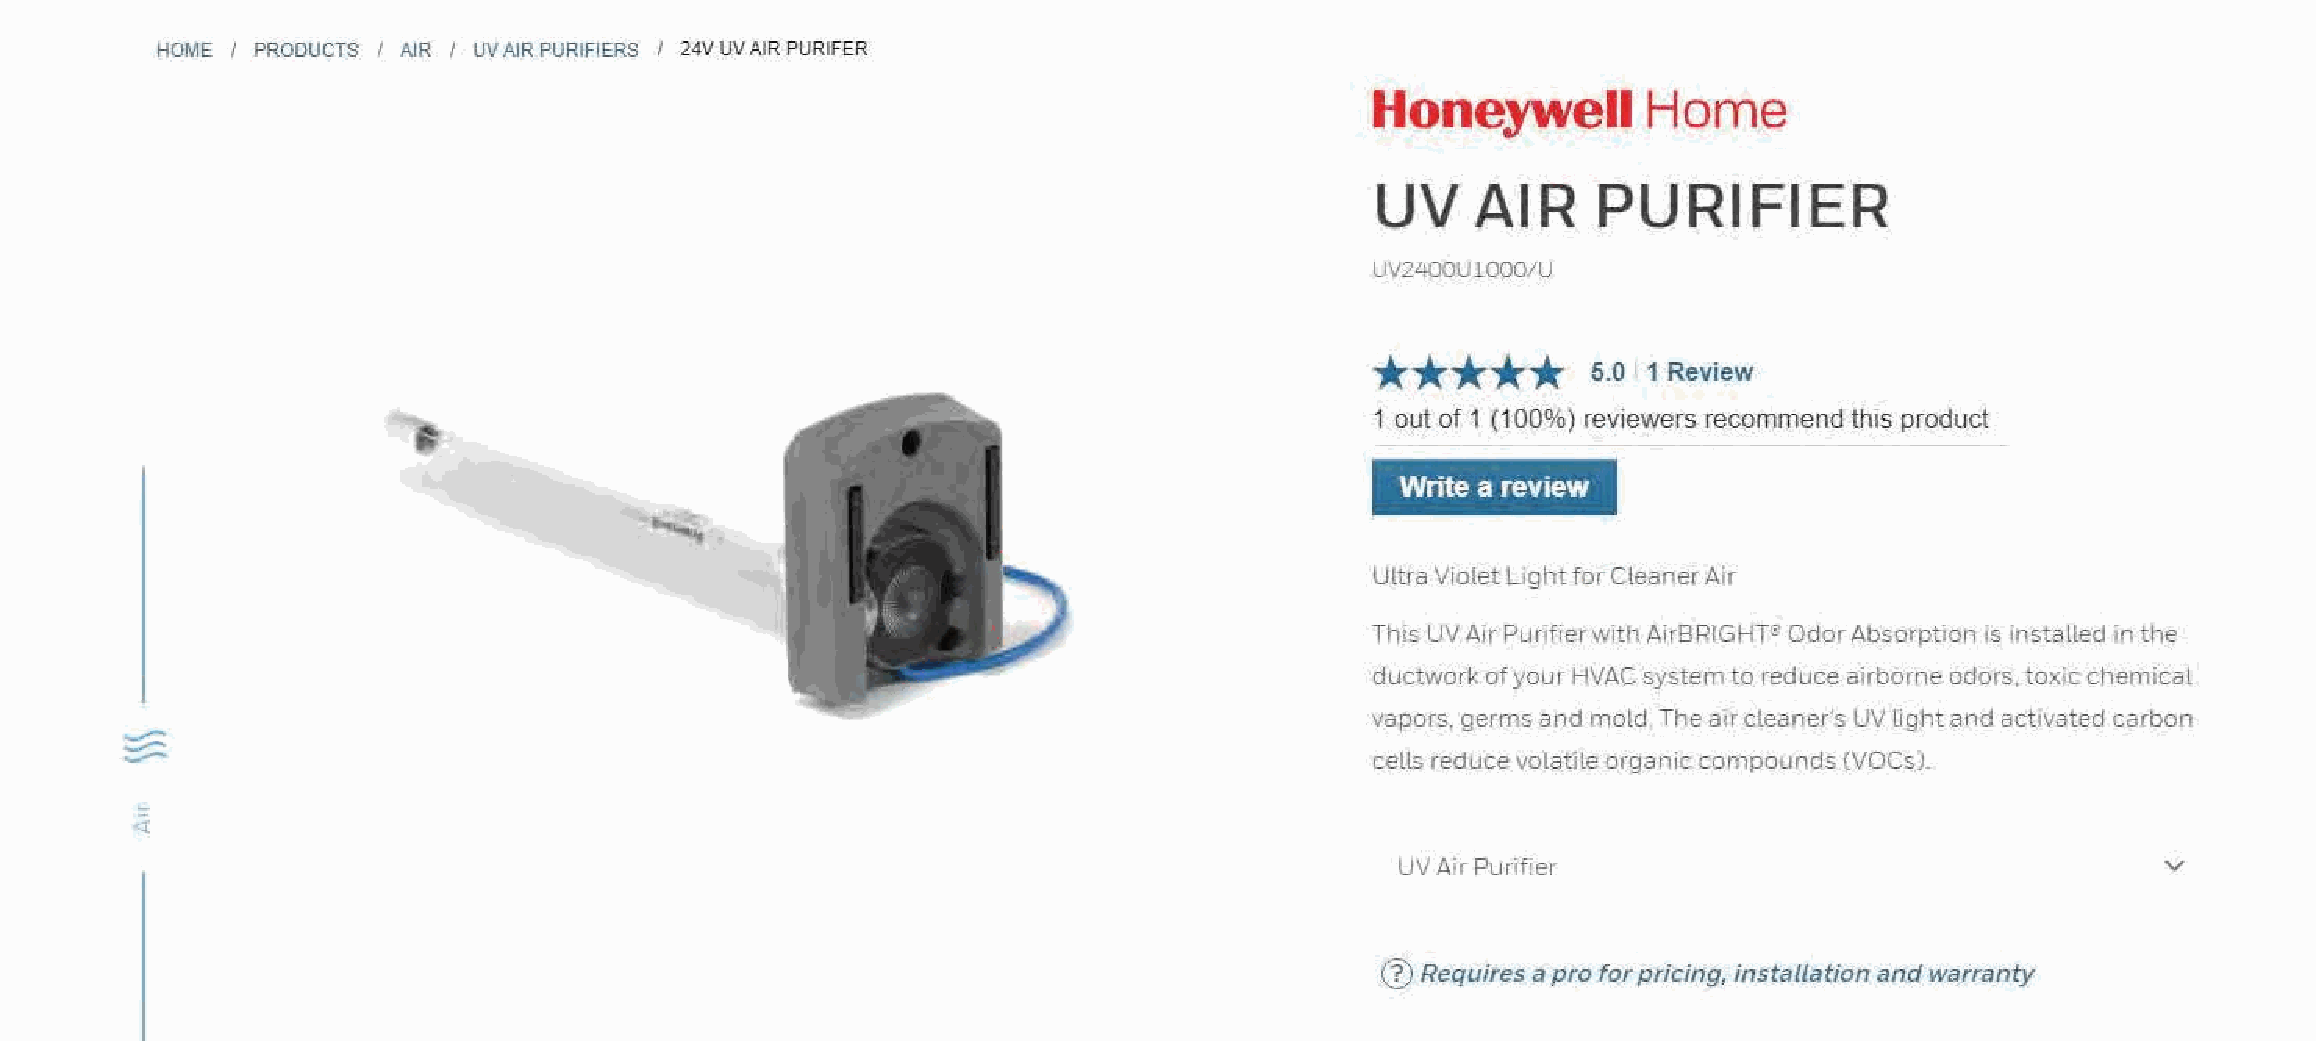
HOME / PRODUCTS / AIR / UVAIR PURIFIERS / 24V UV AIR PURIFER
 Honeywell         Home
 UV     AIR     PURIFIER
 UVZllOOUlOOO/U
 **      **
 *
 5.0 1 Review
 1 out of 1 (100%) reviewers recommend this product
 Write a review
 Ultra Violet Ughtfor Cleaner Air
 This UVAir Purifierwitl, AirBRTGHT"' OdorAbsorption is installed in the
 ductwork ofyour HVAC system to reduce airborne odors, toxic chemical
 vapors, germs and mold The acr cleaner's UV light,and activated carbon
 cells reducevol,:1tile organic compounds (VOCsJ.
 l
 UV AirPurifier                                     V
 0
 Requires a pro forpricing, installation and warranty